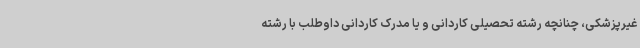
غیرپزشکی، چنانچه رشته تحصیلی کاردانی و یا مدرک کاردانی داوطلب با رشته